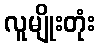
လူမျိုးတုံး